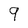
Character: 9